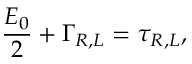
\frac { E _ { 0 } } { 2 } + \Gamma _ { { \/ R } , { \/ L } } = \tau _ { { \/ R } , { \/ L } } , \qquad